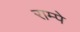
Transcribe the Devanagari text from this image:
राम्पे